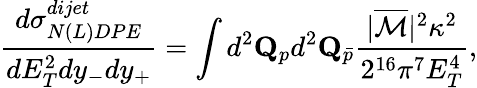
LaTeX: \frac{d\sigma_{N(L)DPE}^{dijet}}{dE_{T}^{2}dy_{-}dy_{+}}=\int d^{2}{\mathbf Q}_{p}d^{2}{\mathbf Q}_{\bar{p}}\frac{|\overline{{{{\cal M}}}}|^{2}\kappa^{2}}{2^{16}\pi^{7}E_{T}^{4}},